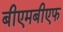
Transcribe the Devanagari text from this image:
बीएमबीएफ